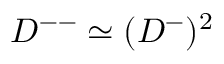
D ^ { -- } \simeq ( D ^ { - } ) ^ { 2 }